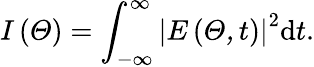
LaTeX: I\left(\mit\Theta\right)=\int_{-\infty}^{\infty}\left|E\left(\mit\Theta,t\right)\right|^{2}\mathrm{d}t.